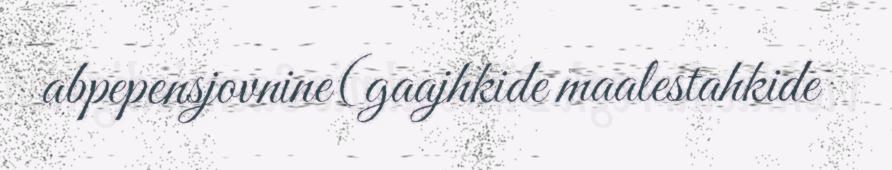
abpepensjovnine(gaajhkide maalestahkide